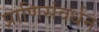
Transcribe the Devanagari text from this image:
प्राणिसंवर्धन